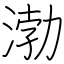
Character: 渤